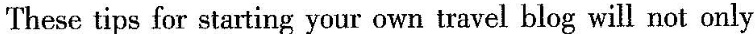
These tips for starting your own travel blog will not only